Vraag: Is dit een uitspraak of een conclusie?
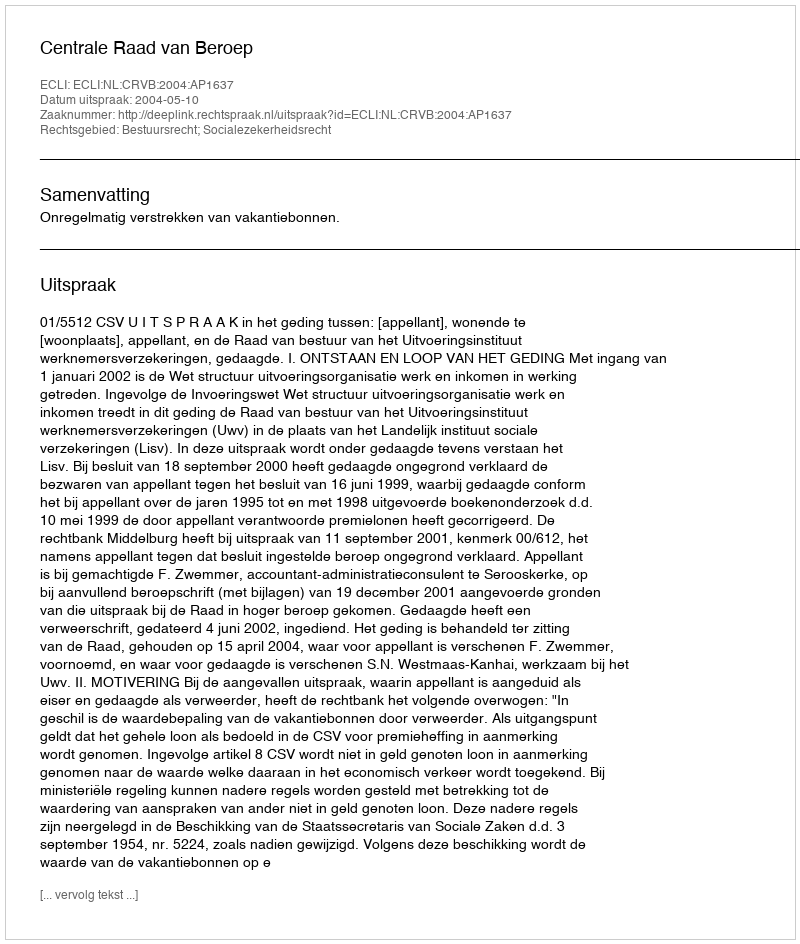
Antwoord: Uitspraak